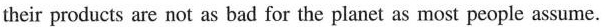
their products are not as bad for the planet as most people assume.